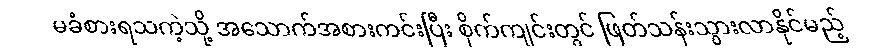
မခံစားရသကဲ့သို့ အသောက်အစားကင်းပြီး စိုက်ကျင်းတွင် ဖြတ်သန်းသွားလာနိုင်မည့်